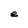
Character: e